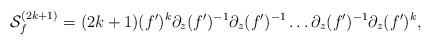
LaTeX: \begin{align*}{\cal S}^{(2k+1)}_f=(2k+1)(f')^k \partial_z (f')^{-1}\partial_z (f')^{-1}\ldots\partial_z (f')^{-1}\partial_z (f')^k,\end{align*}